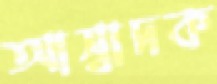
আস্বাদক